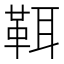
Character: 𩊐